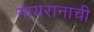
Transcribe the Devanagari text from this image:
गायरानाची